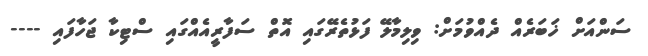
ސަންއަށް ޚަބަރެއް ދެއްވުމަށް: ވިލިމާލޭ ފަޅުތެރޭގައި އޮތް ސަފާރީއެއްގައި ސްޓިކާ ޖަހާފައި ----